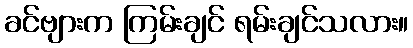
ခင်ဗျားက ကြမ်းချင် ရမ်းချင်သလား။